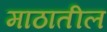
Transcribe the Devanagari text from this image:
माठातील